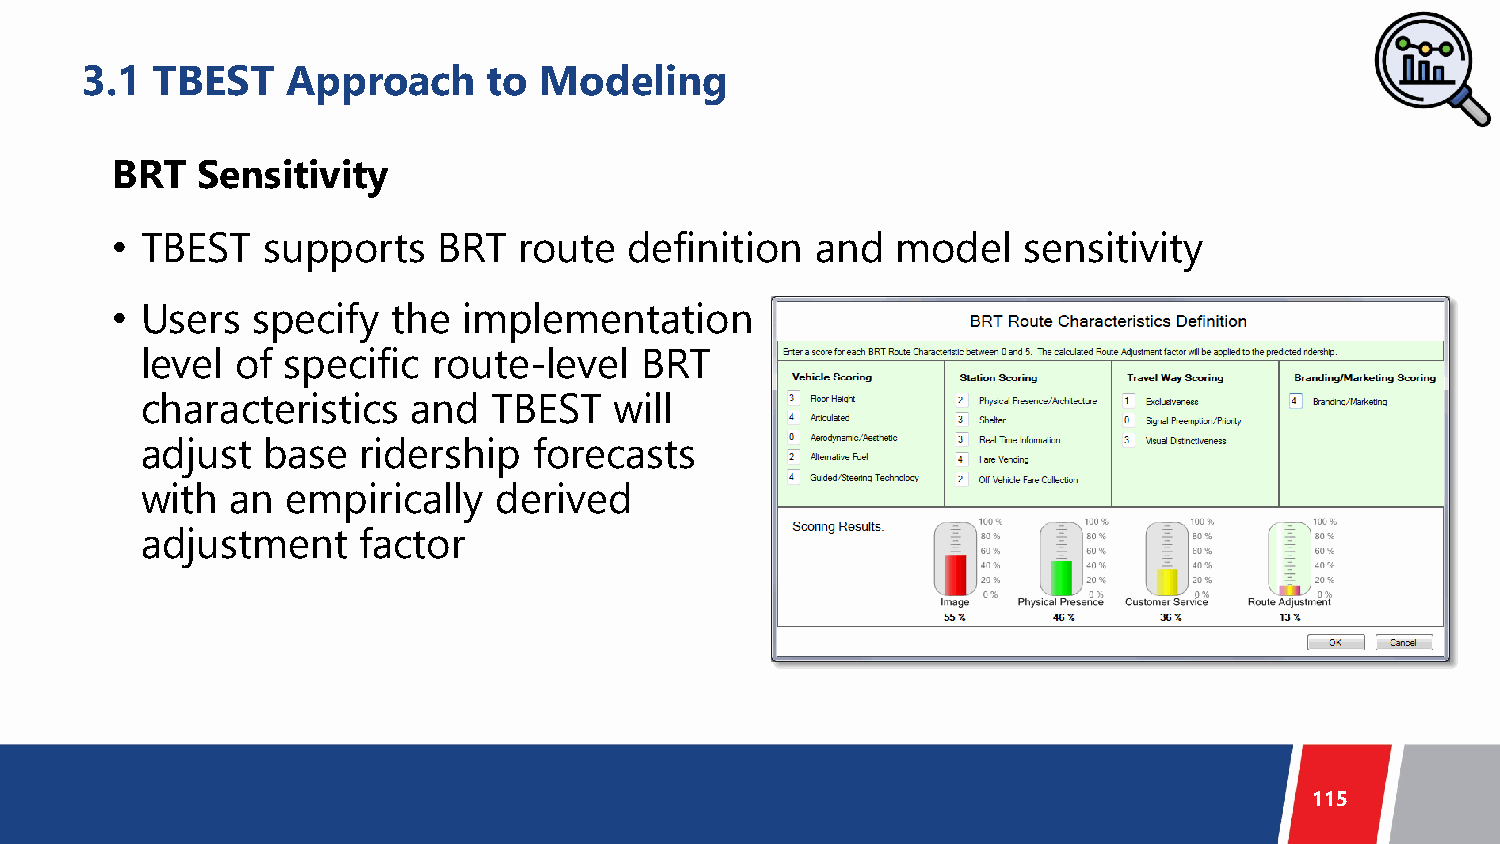
3.1  TBEST    Approach     to  Modeling
 BRT   Sensitivity
 • TBEST   supports    BRT  route   definition  and  model    sensitivity
 • Users   specify  the  implementation
 level  of specific  route-level  BRT
 characteristics   and   TBEST   will
 adjust  base   ridership  forecasts
 with  an  empirically   derived
 adjustment     factor
 115